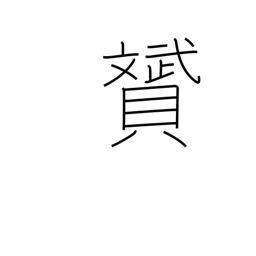
Meaning: beautiful